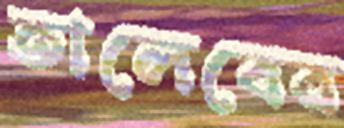
তালেবের